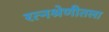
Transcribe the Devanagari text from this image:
रत्नश्रेणीतला